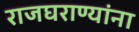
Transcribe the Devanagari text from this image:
राजघराण्यांना